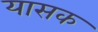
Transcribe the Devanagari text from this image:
यासक